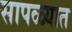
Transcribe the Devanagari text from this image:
सापळ्यात